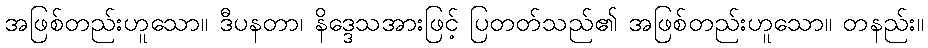
အဖြစ်တည်းဟူသော။ ဒီပနတာ၊ နိဒ္ဒေသအားဖြင့် ပြတတ်သည်၏ အဖြစ်တည်းဟူသော။ တနည်း။